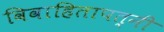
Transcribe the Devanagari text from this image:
विवाहितापत्नी